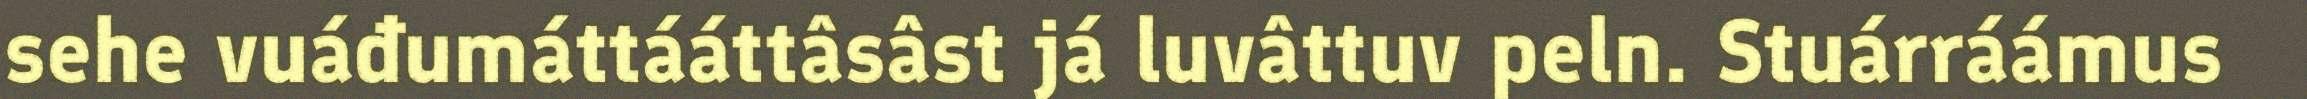
sehe vuáđumáttááttâsâst já luvâttuv peln. Stuárráámus